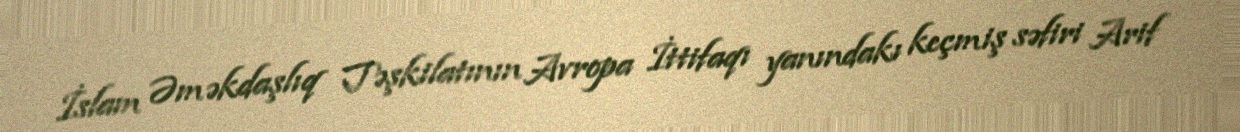
İslam Əməkdaşlıq Təşkilatının Avropa İttifaqı yanındakı keçmiş səfiri Arif